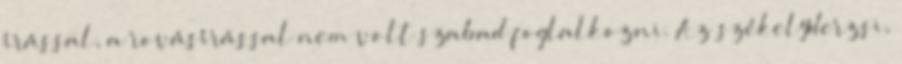
írással, a rovásírással nem volt szabad foglalkozni. Az székelyderzsi,